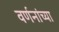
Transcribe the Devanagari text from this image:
वर्णनांच्या